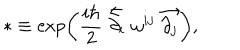
* \equiv \exp \left( \frac { i \hbar } { 2 } \stackrel { \leftarrow } { \partial _ { i } } \omega ^ { i j } \stackrel { \rightarrow } { \partial _ { j } } \right) ,